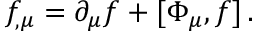
f _ { , \mu } = \partial _ { \mu } f + [ \Phi _ { \mu } , f ] \, .